Veterinary regulations India, 1939 -
Year: 1939
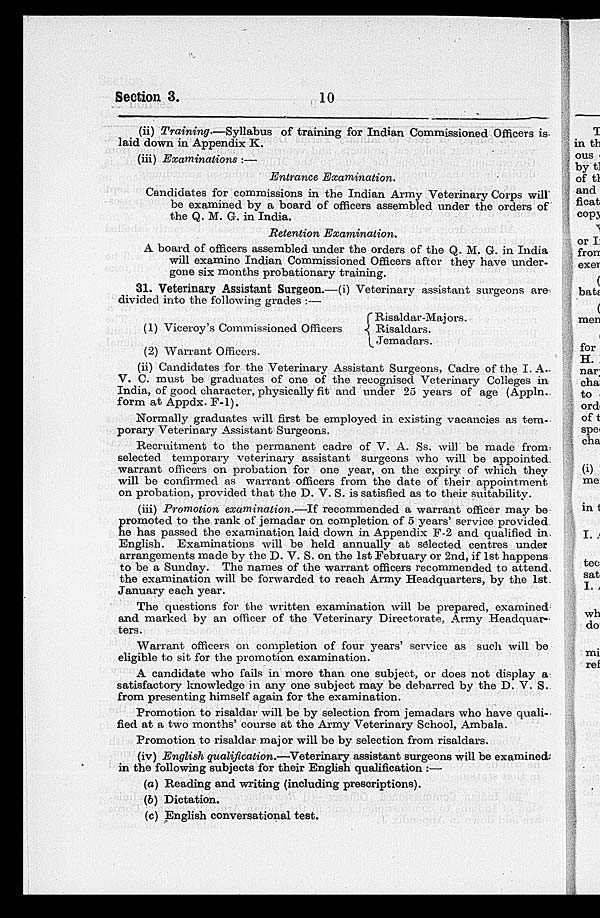
Section 3.
10
(ii) Training—Syllabus
of training for Indian Commissioned Officers is
laid down in Appendix K.
(iii) Examinations :—
Entrance
Examination.
Candidates for commissions in the Indian Army Veterinary Corps will
be examined by a board of officers assembled under the orders of
the Q. M. G. in India.
Retention
Examination.
A board of officers assembled under the orders of the Q. M. G. in India
will examine Indian Commissioned Officers after they have under-
gone six months probationary training.
31. Veterinary Assistant Surgeon.—(i) Veterinary assistant surgeons are
divided into the following grades :—
(1) Viceroy's Commissioned Officers
(2) Warrant Officers.
Risaldar-Majors.
Risaldars.
Jemadars.
(ii) Candidates for the Veterinary Assistant Surgeons, Cadre of the I. A.
V. C. must be graduates of one of the recognised Veterinary Colleges in
India, of good character, physically fit and under 25 years of age (Appln.
form at Appdx. F-1).
Normally graduates will first be employed in existing vacancies as tem-
porary Veterinary Assistant Surgeons.
Recruitment to the permanent cadre of V. A. Ss. will be made from
selected temporary veterinary assistant surgeons who will be appointed
warrant officers on probation for one year, on the expiry of which they
will be confirmed as warrant officers from the date of their appointment
on probation, provided that the D. V. S. is satisfied as to their suitability.
(iii) Promotion examination.—If recommended a warrant officer may be
p romoted to the rank of jemadar on completion of 5 years' service provided
he has passed the examination laid down in Appendix F-2 and qualified in
English. Examinations will be held annually at selected centres under
arrangements made by the D. V. S. on the 1st February or 2nd, if 1st happens
to be a Sunday. The names of the warrant officers recommended to attend
the examination will be forwarded to reach Army Headquarters, by the 1st
January each year.
The questions for the written examination will be prepared, examined
and marked by an officer of the Veterinary Directorate, Army Headquar-
ters.
Warrant officers on completion of four years' service as such will be
eligible to sit for the promotion examination.
A candidate who fails in more than one subject, or does not display a
satisfactory knowledge in any one subject may be debarred by the D. V. S.
from presenting himself again for the examination.
Promotion to risaldar will be by selection from jemadars who have quali-
fied at a two months' course at the Army Veterinary School, Ambala.
Promotion to risaldar major will be by selection from risaldars.
(iv) English qualification.—Veterinary
assistant surgeons will be examined
in the following subjects for their English qualification :—
(a) Reading and writing (including prescriptions).
(b) Dictation.
(c) English conversational test.